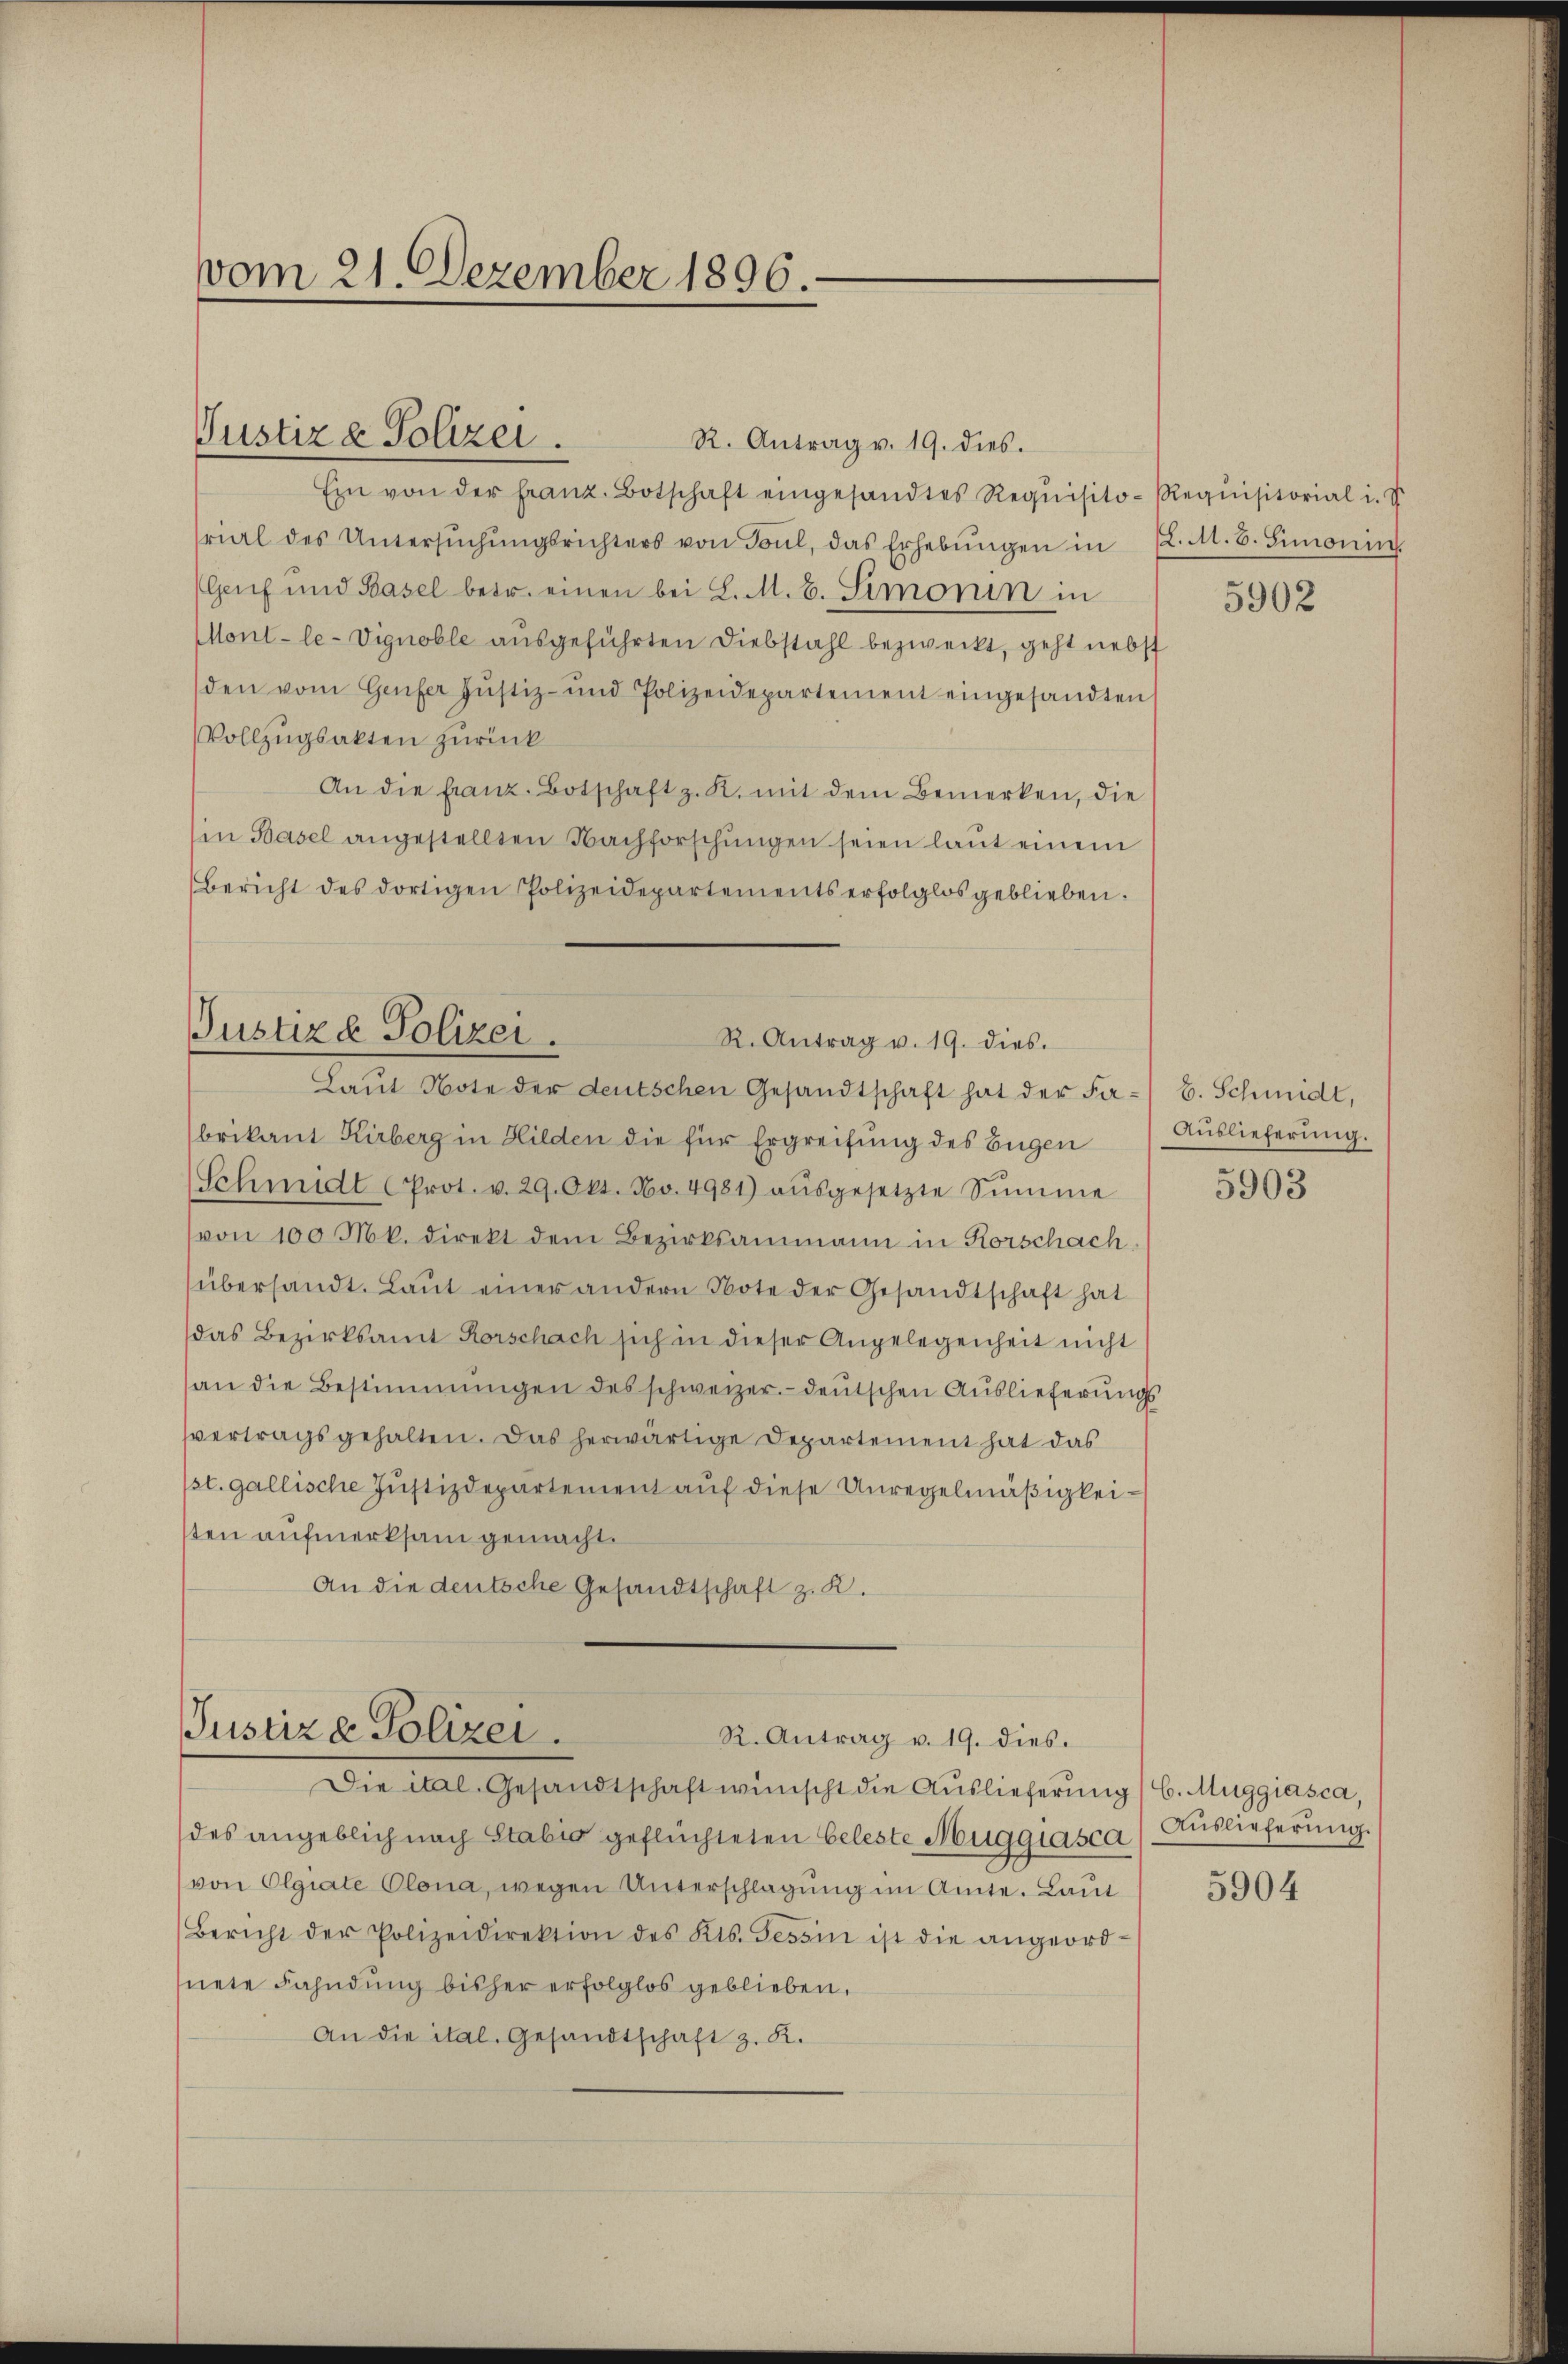
vom 21. Dezember 1896.

R. Antrag v. 19. dies.
Ein von der franz. Botschaft eingesandtes Requisito-Requisitorial i. v
rial des Untersŭchŭngsrichters von Toul, das Erhebŭngen in (l. M. B. Simonin.
(Genf und Basel betr. einen bei L. M. B. Simonin in
Mont-le-Vignoble ausgeführten Diebstahl bezweckt, geht nebst
den vom Genfer Justiz- und Polizeidepartement eingesandten
Vollzugsakten zurück
An die franz. Botschaft z. K. mit dem Bemerken, die
in Basel angestellten Nachforschungen seien laut einem
Bericht des dortigen Polizeidepartements erfolglos geblieben.
Justiz & Polizei.
R. Antrag v. 19. dies.
Laŭt Note der deutschen Gesandtschaft hat der Far- B. Schmidt,
brikant Kirberg in Hilden die für Ergreifung des Bügen Auslieferŭng.
Schmidt (Prot. v. 29. Okt. Nov. 4981) aŭsgesetzte Sŭmme
von 100 Mk. direkt dem Bezirksammann in Rorschach
übersandt. Laŭt einer andern Note der Gesandtschaft hat
das Bezirksamt Horschach sich in dieser Angelegenheit nicht
an die Bestimmungen des schweizer.- deŭtschen Auslieferŭng
svertragsgehalten. Das herwärtige Departement hat das
st. gallische Justizdepartement auf diese Unregelmäßigkeiten aufmerksam gemacht.
An die deutsche Gesandtschaft z. K.

Justiz & Polizei.

Justiz e Polizei.
R. Antrag v. 19. dies.
Die ital. Gesandtschaft wünscht die Auslieferung / C. Muggiasca,

des angeblich nach Stabić geflüchteten Celeste Muggiasca Auslieferung.
von Olgiate Olona, wegen Unterschlagung im Amte. Laut
Bericht der Polizeidirektion des Kts. Tessin ist die angeord-
nete Fahndung bisher erfolglos geblieben,
An die ital. Gesandtschaft z. R.

5902

5903

5904